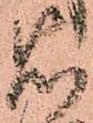
右